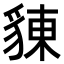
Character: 𧳣